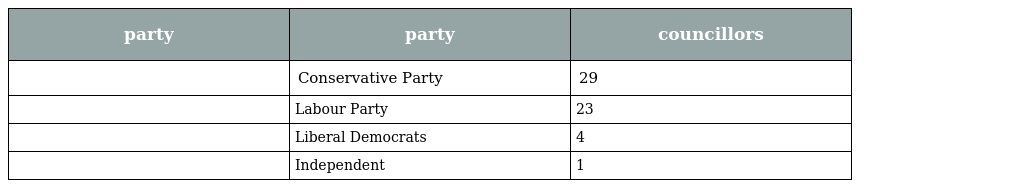
| party | party | councillors |
 | --- | --- | --- |
 |  | Conservative Party | 29 |
 |  | Labour Party | 23 |
 |  | Liberal Democrats | 4 |
 |  | Independent | 1 |